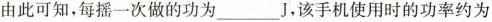
由此可知，每摇一次做的功为___J，该手机使用时的功率约为